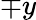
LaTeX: \mp y